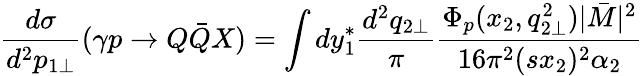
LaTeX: \frac{d\sigma}{d^{2}p_{1\bot}}(\gamma p\to Q\bar{Q}X)=\int dy_{1}^{\ast}\frac{d^{2}q_{2\bot}}{\pi}\frac{\Phi_{p}(x_{2},q_{2\bot}^{2})|\bar{M}|^{2}}{16\pi^{2}(sx_{2})^{2}\alpha_{2}}